画像に写った文字を読んでください
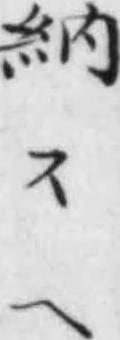
「納スヘ」と書いてあります